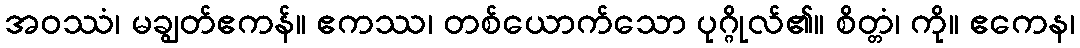
အဝဿံ၊ မချွတ်ဧကန်။ ဧကဿ၊ တစ်ယောက်သော ပုဂ္ဂိုလ်၏။ စိတ္တံ၊ ကို။ ဧကေန၊